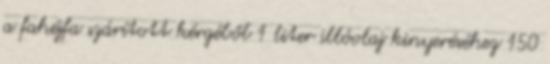
a fahéjfa szárított kérgéből 1 liter illóolaj kinyeréséhez 150